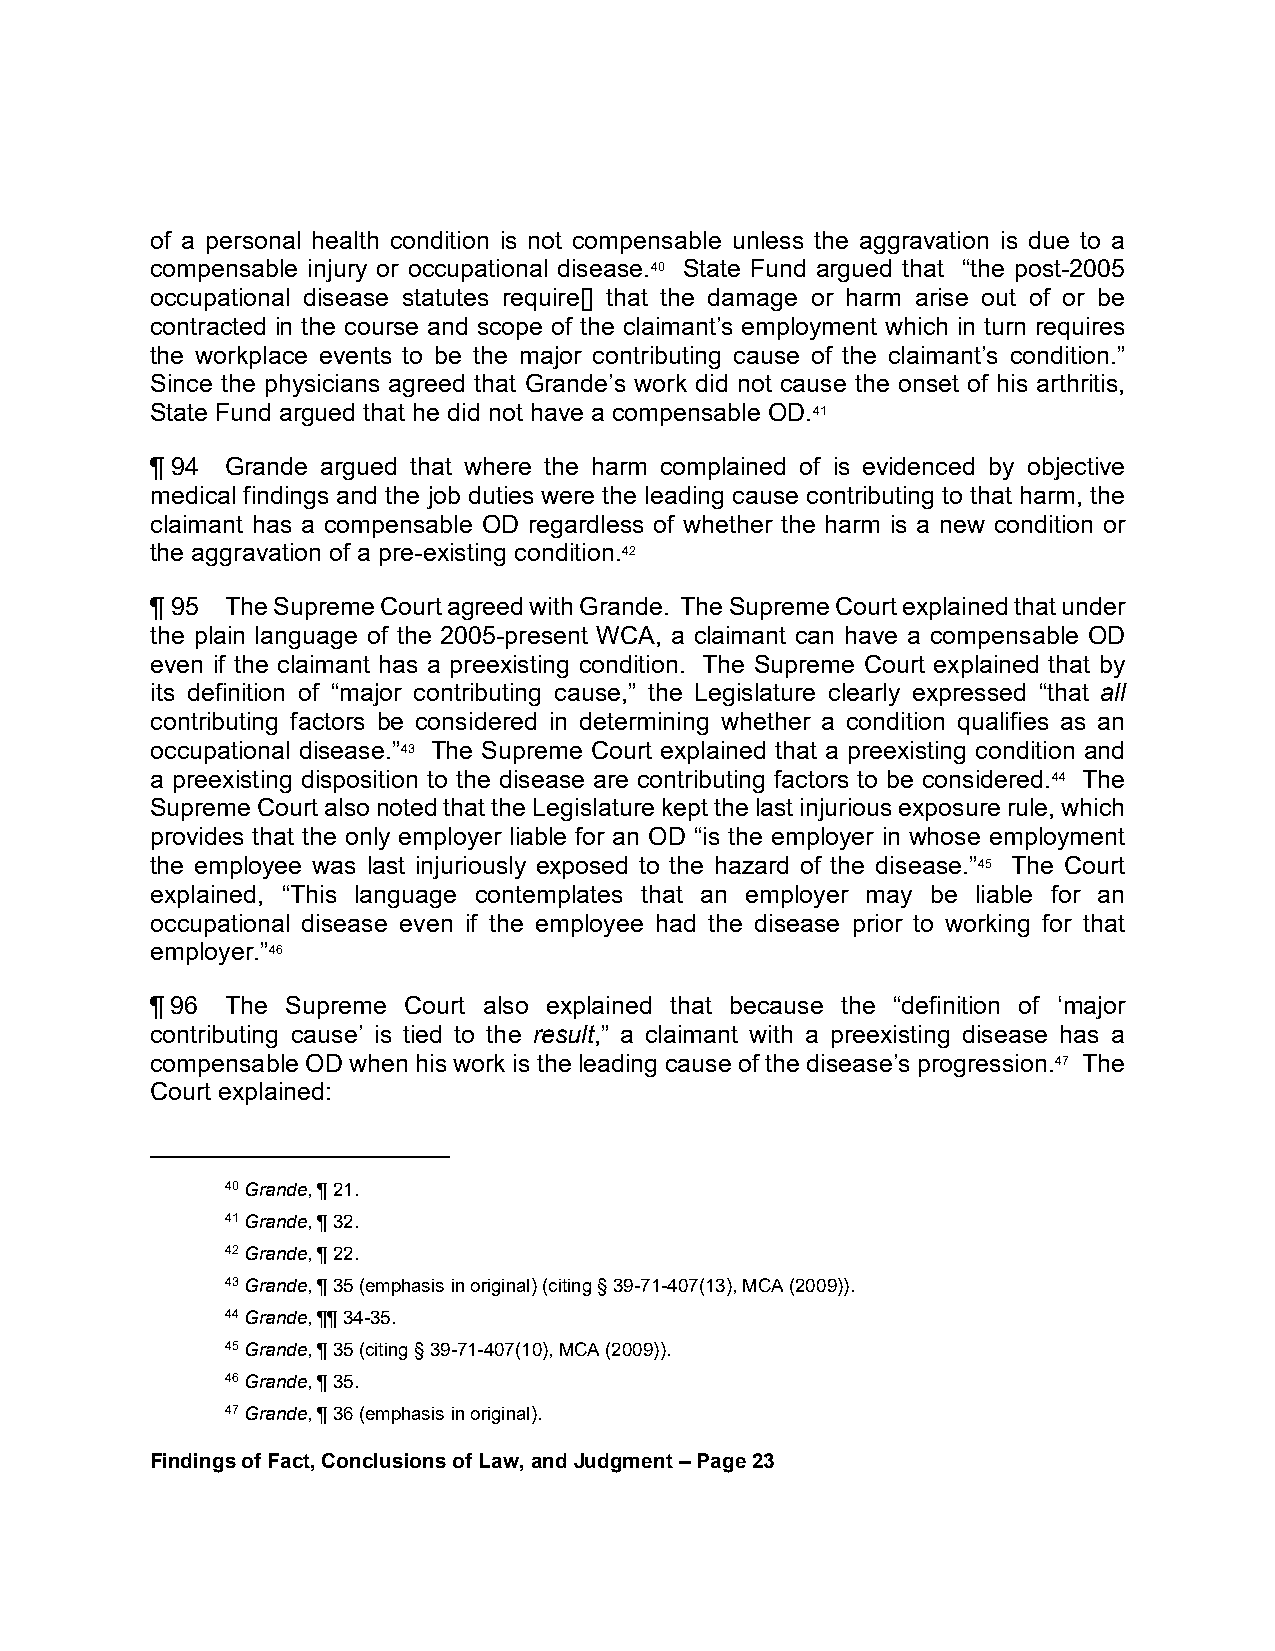
of a personal health condition is not compensable unless the aggravation is due to a
 compensable injury or occupational disease.40 State Fund argued that “the post-2005
 occupational disease statutes require[] that the damage or harm arise out of or be
 contracted in the course and scope of the claimant’s employment which in turn requires
 the workplace events to be the major contributing cause of the claimant’s condition.”
 Since the physicians agreed that Grande’s work did not cause the onset of his arthritis,
 State Fund argued that he did not have a compensable OD.41
 ¶ 94 Grande argued that where the harm complained of is evidenced by objective
 medical findings and the job duties were the leading cause contributing to that harm, the
 claimant has a compensable OD regardless of whether the harm is a new condition or
 the aggravation of a pre-existing condition.42
 ¶ 95 The Supreme Court agreed with Grande. The Supreme Court explained that under
 the plain language of the 2005-present WCA, a claimant can have a compensable OD
 even if the claimant has a preexisting condition. The Supreme Court explained that by
 its definition of “major contributing cause,” the Legislature clearly expressed “that all
 contributing factors be considered in determining whether a condition qualifies as an
 occupational disease.”43 The Supreme Court explained that a preexisting condition and
 a preexisting disposition to the disease are contributing factors to be considered.44 The
 Supreme Court also noted that the Legislature kept the last injurious exposure rule, which
 provides that the only employer liable for an OD “is the employer in whose employment
 the employee was last injuriously exposed to the hazard of the disease.”45 The Court
 explained, “This language contemplates that an employer may be liable for an
 occupational disease even if the employee had the disease prior to working for that
 employer.”46
 ¶ 96 The Supreme Court also explained that because the “definition of ‘major
 contributing cause’ is tied to the result,” a claimant with a preexisting disease has a
 compensable OD when his work is the leading cause of the disease’s progression.47 The
 Court explained:
 40 Grande, ¶ 21.
 41 Grande, ¶ 32.
 42 Grande, ¶ 22.
 43 Grande, ¶ 35 (emphasis in original) (citing § 39-71-407(13), MCA (2009)).
 44 Grande, ¶¶ 34-35.
 45 Grande, ¶ 35 (citing § 39-71-407(10), MCA (2009)).
 46 Grande, ¶ 35.
 47 Grande, ¶ 36 (emphasis in original).
 Findings of Fact, Conclusions of Law, and Judgment – Page 23